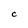
Character: C